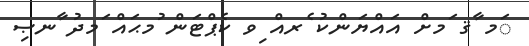
ަމ ާޤ ަމށް އައްޔަންކު ެރއް ިވ ކެޕްޓަން ުމޙައް ަމދު ާނޞި